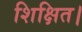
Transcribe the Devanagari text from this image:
शिक्षित।